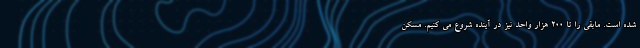
شده است. مابقی را تا ۲۰۰ هزار واحد نیز در آینده شروع می کنیم. مسکن